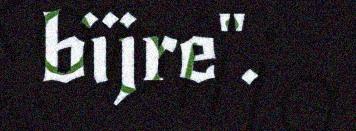
bïjre".